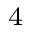
_ 4